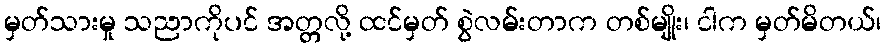
မှတ်သားမှု သညာကိုပင် အတ္တလို့ ထင်မှတ် စွဲလမ်းတာက တစ်မျိုး၊ ငါက မှတ်မိတယ်၊